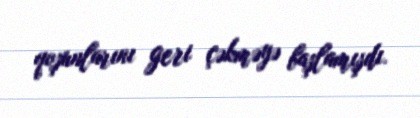
qoşunlarını geri çəkməyə başlamışdı.